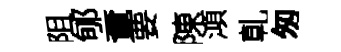
阻郇覔要陳澒乹匆